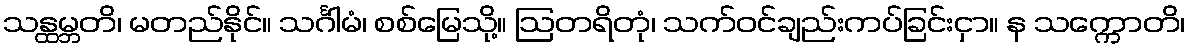
သန္ထမ္ဘတိ၊ မတည်နိုင်။ သင်္ဂါမံ၊ စစ်မြေသို့။ ဩတရိတုံ၊ သက်ဝင်ချည်းကပ်ခြင်းငှာ။ န သက္ကောတိ၊